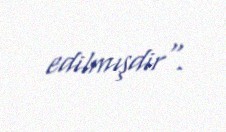
edilmışdir".